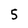
Character: 5